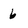
Character: 6